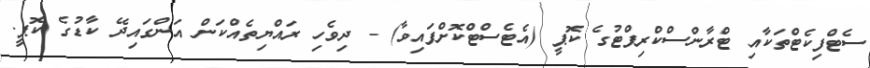
ސެޓްފިކެޓްތަކާއި ޓްރާންސްކްރިޕްޓުގެ ކޮޕީ (އެޓެސްޓްކޮށްފައިވާ) - ދިވެހި ރައްޔިތެއްކަން އަންގައިދޭ ކާޑުގެ ކޮޕީ.